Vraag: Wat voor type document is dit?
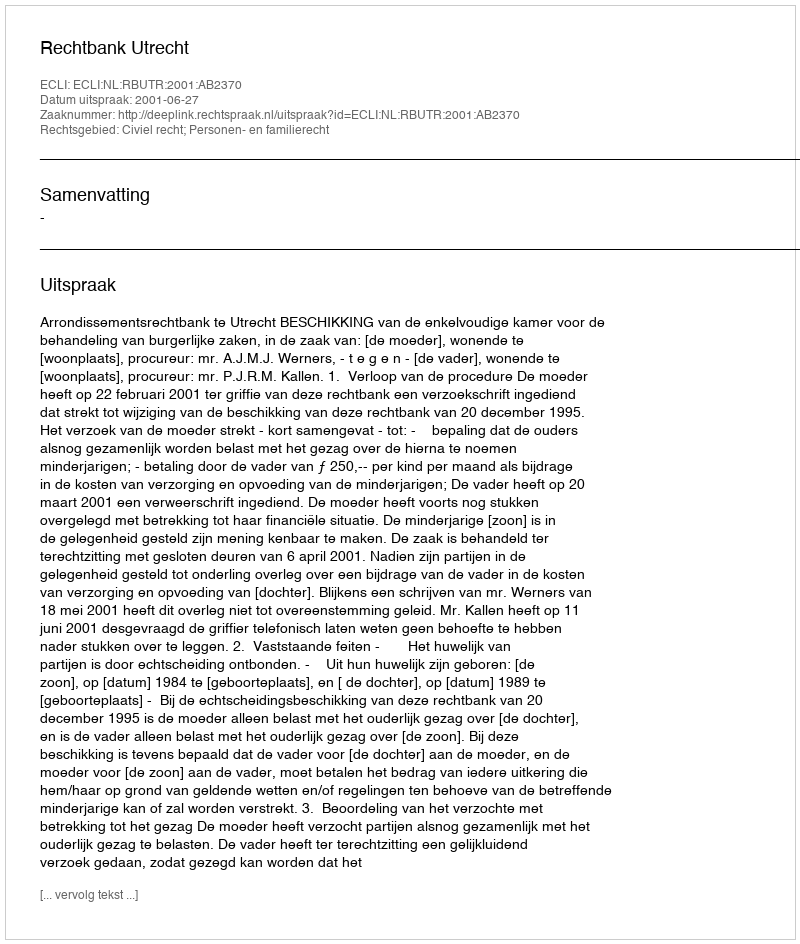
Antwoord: Uitspraak